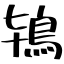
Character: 鴇